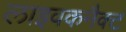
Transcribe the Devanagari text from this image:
लाइवकनैक्ट